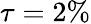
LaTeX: \tau=2\%